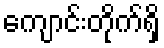
ကျောင်းတိုက်ရှိ